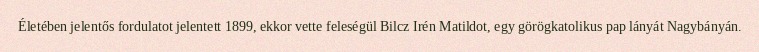
Életében jelentős fordulatot jelentett 1899, ekkor vette feleségül Bilcz Irén Matildot, egy görögkatolikus pap lányát Nagybányán.